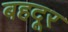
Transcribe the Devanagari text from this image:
बहदूर